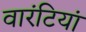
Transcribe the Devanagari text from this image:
वारंटियां